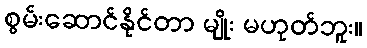
စွမ်းဆောင်နိုင်တာ မျိုး မဟုတ်ဘူး။